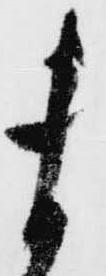
ま